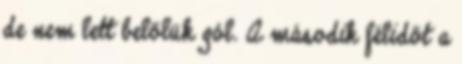
de nem lett belőlük gól. A második félidőt a